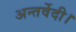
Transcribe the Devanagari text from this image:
अन्तर्वेदी।